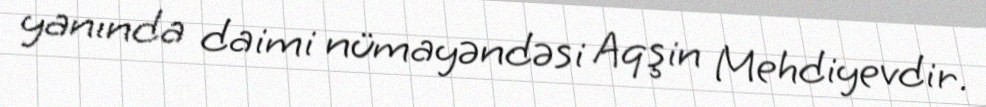
yanında daimi nümayəndəsi Aqşin Mehdiyevdir.